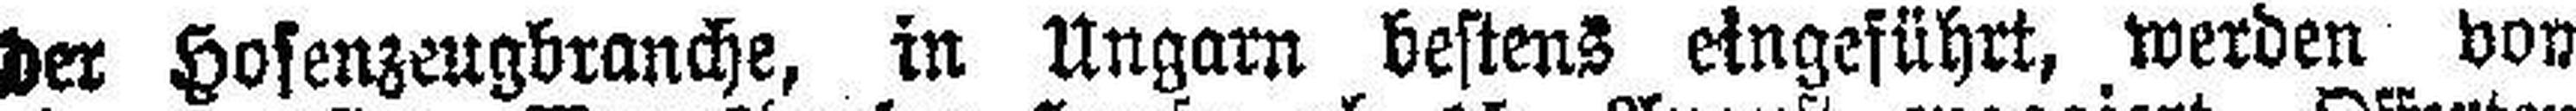
der Hosenzeugbranche, in Ungarn bestens eingeführt, werden von